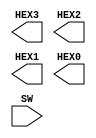
module lab05part02(
    output [6:0]HEX3, HEX2, HEX1, HEX0,
    input  [9:0]SW
);



endmodule